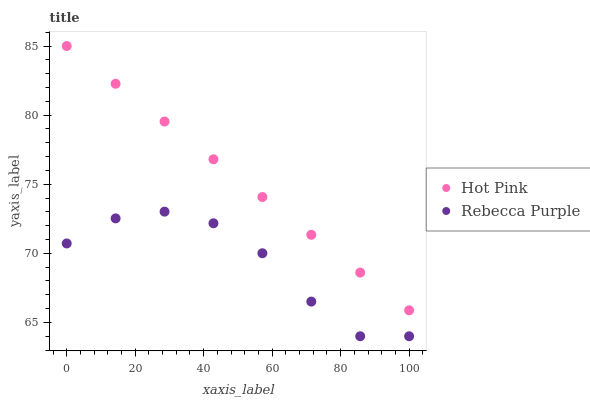
| xaxis_label | Hot Pink | Rebecca Purple |
 | --- | --- | --- |
 | 0 | 85 | 70.7 |
 | 14.3 | 82.3 | 72.5 |
 | 28.6 | 79.5 | 73 |
 | 42.9 | 76.8 | 72.2 |
 | 57.1 | 74.1 | 70 |
 | 71.4 | 71.3 | 66.5 |
 | 85.7 | 68.6 | 64 |
 | 100 | 65.9 | 64 |